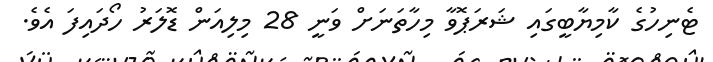
ޓެނިހުގެ ކާމިޔާބީގައި ޝަރަޕޮވާ މިހާތަނަށް ވަނީ 28 މިލިއަން ޑޮލަރު ހޯދައިފަ އެވެ.